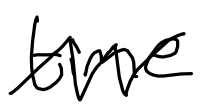
Text: time
Cross-out: zig-zag
Writing tool: digital_black